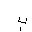
Letter: _ba